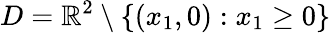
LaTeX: D=\mathbb{R}^{2}\setminus\left\{ (x_{1},0):x_{1}\geq 0\right\}